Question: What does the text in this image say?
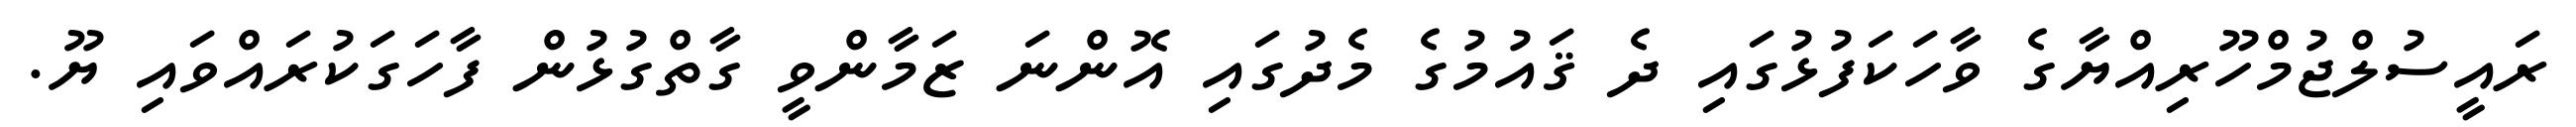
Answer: ރައީސުލްޖުމްހޫރިއްޔާގެ ވާހަކަފުޅުގައި ދެ ޤައުމުގެ މެދުގައި އޮންނަ ޒަމާންވީ ގާތްގުޅުން ފާހަގަކުރައްވައި ޔޫ.